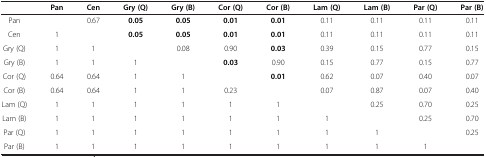
<table><thead><tr><td><b> </b></td><td><b>Pan</b></td><td><b>Cen</b></td><td><b>Gry (Q)</b></td><td><b>Gry (B)</b></td><td><b>Cor (Q)</b></td><td><b>Cor (B)</b></td><td><b>Lam (Q)</b></td><td><b>Lam (B)</b></td><td><b>Par (Q)</b></td><td><b>Par (B)</b></td></tr></thead><tbody><tr><td>Pan</td><td> </td><td>0.67</td><td><b>0.05</b></td><td><b>0.05</b></td><td><b>0.01</b></td><td><b>0.01</b></td><td>0.11</td><td>0.11</td><td>0.11</td><td>0.11</td></tr><tr><td>Cen</td><td>1</td><td> </td><td><b>0.05</b></td><td><b>0.05</b></td><td><b>0.01</b></td><td><b>0.01</b></td><td>0.11</td><td>0.11</td><td>0.11</td><td>0.11</td></tr><tr><td>Gry (Q)</td><td>1</td><td>1</td><td> </td><td>0.08</td><td>0.90</td><td><b>0.03</b></td><td>0.39</td><td>0.15</td><td>0.77</td><td>0.15</td></tr><tr><td>Gry (B)</td><td>1</td><td>1</td><td>1</td><td> </td><td><b>0.03</b></td><td>0.90</td><td>0.15</td><td>0.77</td><td>0.15</td><td>0.77</td></tr><tr><td>Cor (Q)</td><td>0.64</td><td>0.64</td><td>1</td><td>1</td><td> </td><td><b>0.01</b></td><td>0.62</td><td>0.07</td><td>0.40</td><td>0.07</td></tr><tr><td>Cor (B)</td><td>0.64</td><td>0.64</td><td>1</td><td>1</td><td>0.23</td><td> </td><td>0.07</td><td>0.87</td><td>0.07</td><td>0.40</td></tr><tr><td>Lam (Q)</td><td>1</td><td>1</td><td>1</td><td>1</td><td>1</td><td>1</td><td> </td><td>0.25</td><td>0.70</td><td>0.25</td></tr><tr><td>Lam (B)</td><td>1</td><td>1</td><td>1</td><td>1</td><td>1</td><td>1</td><td>1</td><td> </td><td>0.25</td><td>0.70</td></tr><tr><td>Par (Q)</td><td>1</td><td>1</td><td>1</td><td>1</td><td>1</td><td>1</td><td>1</td><td>1</td><td> </td><td>0.25</td></tr><tr><td>Par (B)</td><td>1</td><td>1</td><td>1</td><td>1</td><td>1</td><td>1</td><td>1</td><td>1</td><td>1</td><td> </td></tr></tbody></table>